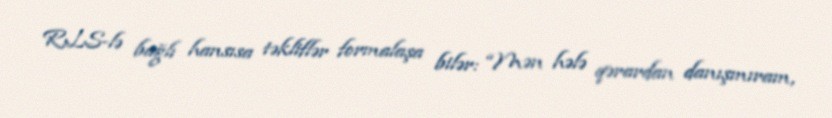
RLS-lə bağlı hansısa təkliflər formalaşa bilər: “Mən hələ qərardan danışmıram,